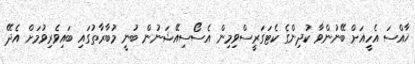
ޚާއްސަ އެހީއަށް ބޭނުންވާ ކުދިންގެ ކެޓަގަރީސްވިމިން އެސޯސިއޭޝަނުން ބުނީ މުބާރާތުގައި ބައިވެރިވުމަށް އެދޭ